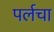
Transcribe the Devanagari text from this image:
पर्लचा